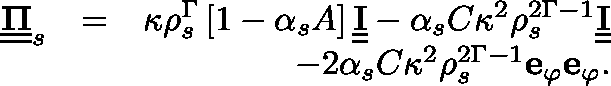
\begin{array} { r l r } { \underline { { \underline { { \mathbf { \Pi } } } } } _ { s } } & { = } & { \kappa \rho _ { s } ^ { \Gamma } \left[ 1 - \alpha _ { s } A \right] \underline { { \underline { { \mathbf { I } } } } } - \alpha _ { s } C \kappa ^ { 2 } \rho _ { s } ^ { 2 \Gamma - 1 } \underline { { \underline { { \mathbf { I } } } } } } \\ & { } & { - 2 \alpha _ { s } C \kappa ^ { 2 } \rho _ { s } ^ { 2 \Gamma - 1 } \mathbf { e } _ { \varphi } \mathbf { e } _ { \varphi } . } \end{array}